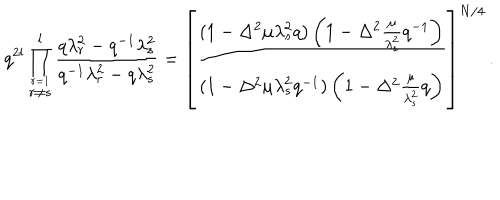
LaTeX: q ^ { 2 l } \prod _ { { \stackrel { r = 1 } { r \not = s } } } ^ { l } \frac { q \lambda _ { r } ^ { 2 } - q ^ { - 1 } \lambda _ { s } ^ { 2 } } { q ^ { - 1 } \lambda _ { r } ^ { 2 } - q \lambda _ { s } ^ { 2 } } = \left[ \frac { ( 1 - \Delta ^ { 2 } \mu \lambda _ { s } ^ { 2 } q ) \left( 1 - \Delta ^ { 2 } \frac { \mu } { \lambda _ { s } ^ { 2 } } q ^ { - 1 } \right) } { ( 1 - \Delta ^ { 2 } \mu \lambda _ { s } ^ { 2 } q ^ { - 1 } ) \left( 1 - \Delta ^ { 2 } \frac { \mu } { \lambda _ { s } ^ { 2 } } q \right) } \right] ^ { N / 4 } \, .